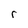
Character: r